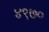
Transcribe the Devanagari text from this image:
४९७०